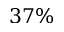
3 7 \%